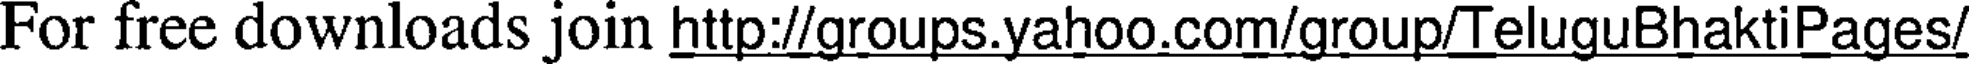
For free downloads join http://groups.yahoo.com/group/TeluguBhaktiPages/